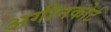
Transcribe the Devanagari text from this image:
अगीनकोर्ट